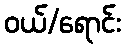
ဝယ်/ရောင်း